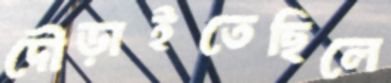
দৌড়াইতেছিলে